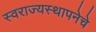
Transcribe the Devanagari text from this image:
स्वराज्यस्थापनेचे